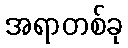
အရာတစ်ခု